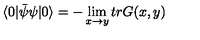
\langle 0 | { \bar { \psi } } \psi | 0 \rangle = - \lim _ { x \rightarrow y } t r G ( x , y )